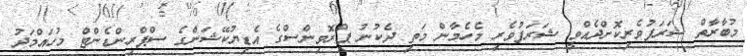
މުބާރާތް ޝަރަފުވެރިކޮށްދެއްވީ ޝަރަފުވެރި މެެހެމާން މަތި ދެކުނު ޕްރޮވިންސްގެ އެޑިޔުކޭޝަންގެ ސްޕްރިންޑެންޓް މުހައްމަދު